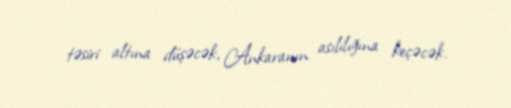
təsiri altına düşəcək, Ankaranın asılılığına keçəcək.